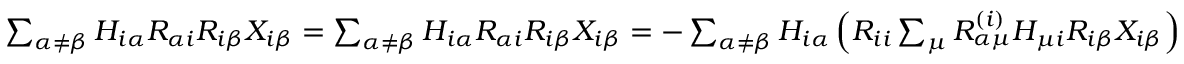
\begin{array} { r } { \sum _ { \alpha \neq \beta } H _ { i \alpha } R _ { \alpha i } R _ { i \beta } X _ { i \beta } = \sum _ { \alpha \neq \beta } H _ { i \alpha } R _ { \alpha i } R _ { i \beta } X _ { i \beta } = - \sum _ { \alpha \neq \beta } H _ { i \alpha } \left( R _ { i i } \sum _ { \mu } R _ { \alpha \mu } ^ { ( i ) } H _ { \mu i } R _ { i \beta } X _ { i \beta } \right) } \end{array}